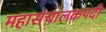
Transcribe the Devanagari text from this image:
महासंचालकपदी